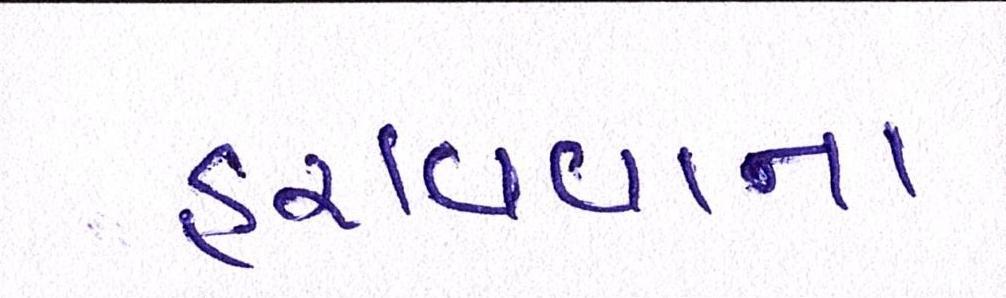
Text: હરાવવાના